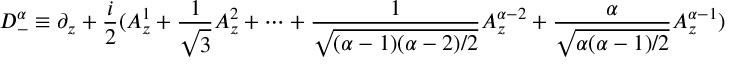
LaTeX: D _ { - } ^ { \alpha } \equiv \partial _ { z } + \frac { i } { 2 } ( A _ { z } ^ { 1 } + \frac { 1 } { \sqrt { 3 } } A _ { z } ^ { 2 } + \cdots + \frac { 1 } { \sqrt { ( \alpha - 1 ) ( \alpha - 2 ) / 2 } } A _ { z } ^ { \alpha - 2 } + \frac { \alpha } { \sqrt { \alpha ( \alpha - 1 ) / 2 } } A _ { z } ^ { \alpha - 1 } )